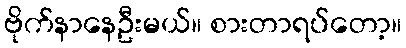
ဗိုက်နာနေဦးမယ်။ စားတာရပ်တော့။